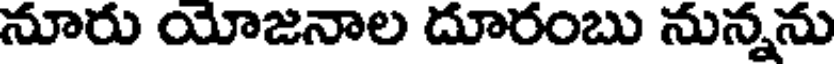
నూరు యోజనాల దూరంబు నున్నను